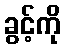
ခွင့်ကို